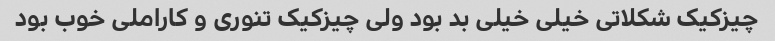
چیزکیک شکلاتی خیلی خیلی بد بود ولی چیزکیک تنوری و کاراملی خوب بود